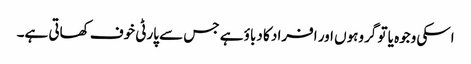
اسکی وجوہ یا تو گروہوں اور افراد کا دباؤ ہے جس سے پارٹی خوف کھاتی ہے۔